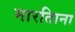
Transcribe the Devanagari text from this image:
मारतिाना